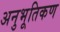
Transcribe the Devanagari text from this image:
अनुभूतिकण